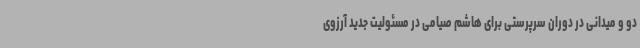
دو و میدانی در دوران سرپرستی برای هاشم صیامی در مسئولیت جدید آرزوی